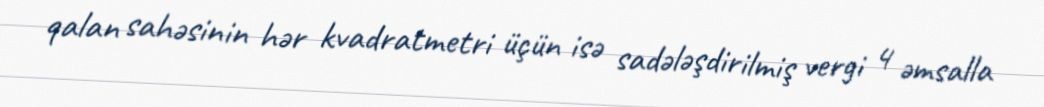
qalan sahəsinin hər kvadratmetri üçün isə sadələşdirilmiş vergi 4 əmsalla